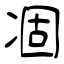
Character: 凅